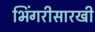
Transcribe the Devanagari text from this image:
भिंगरीसारखी